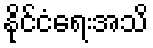
နိုင်ငံရေးအသိ